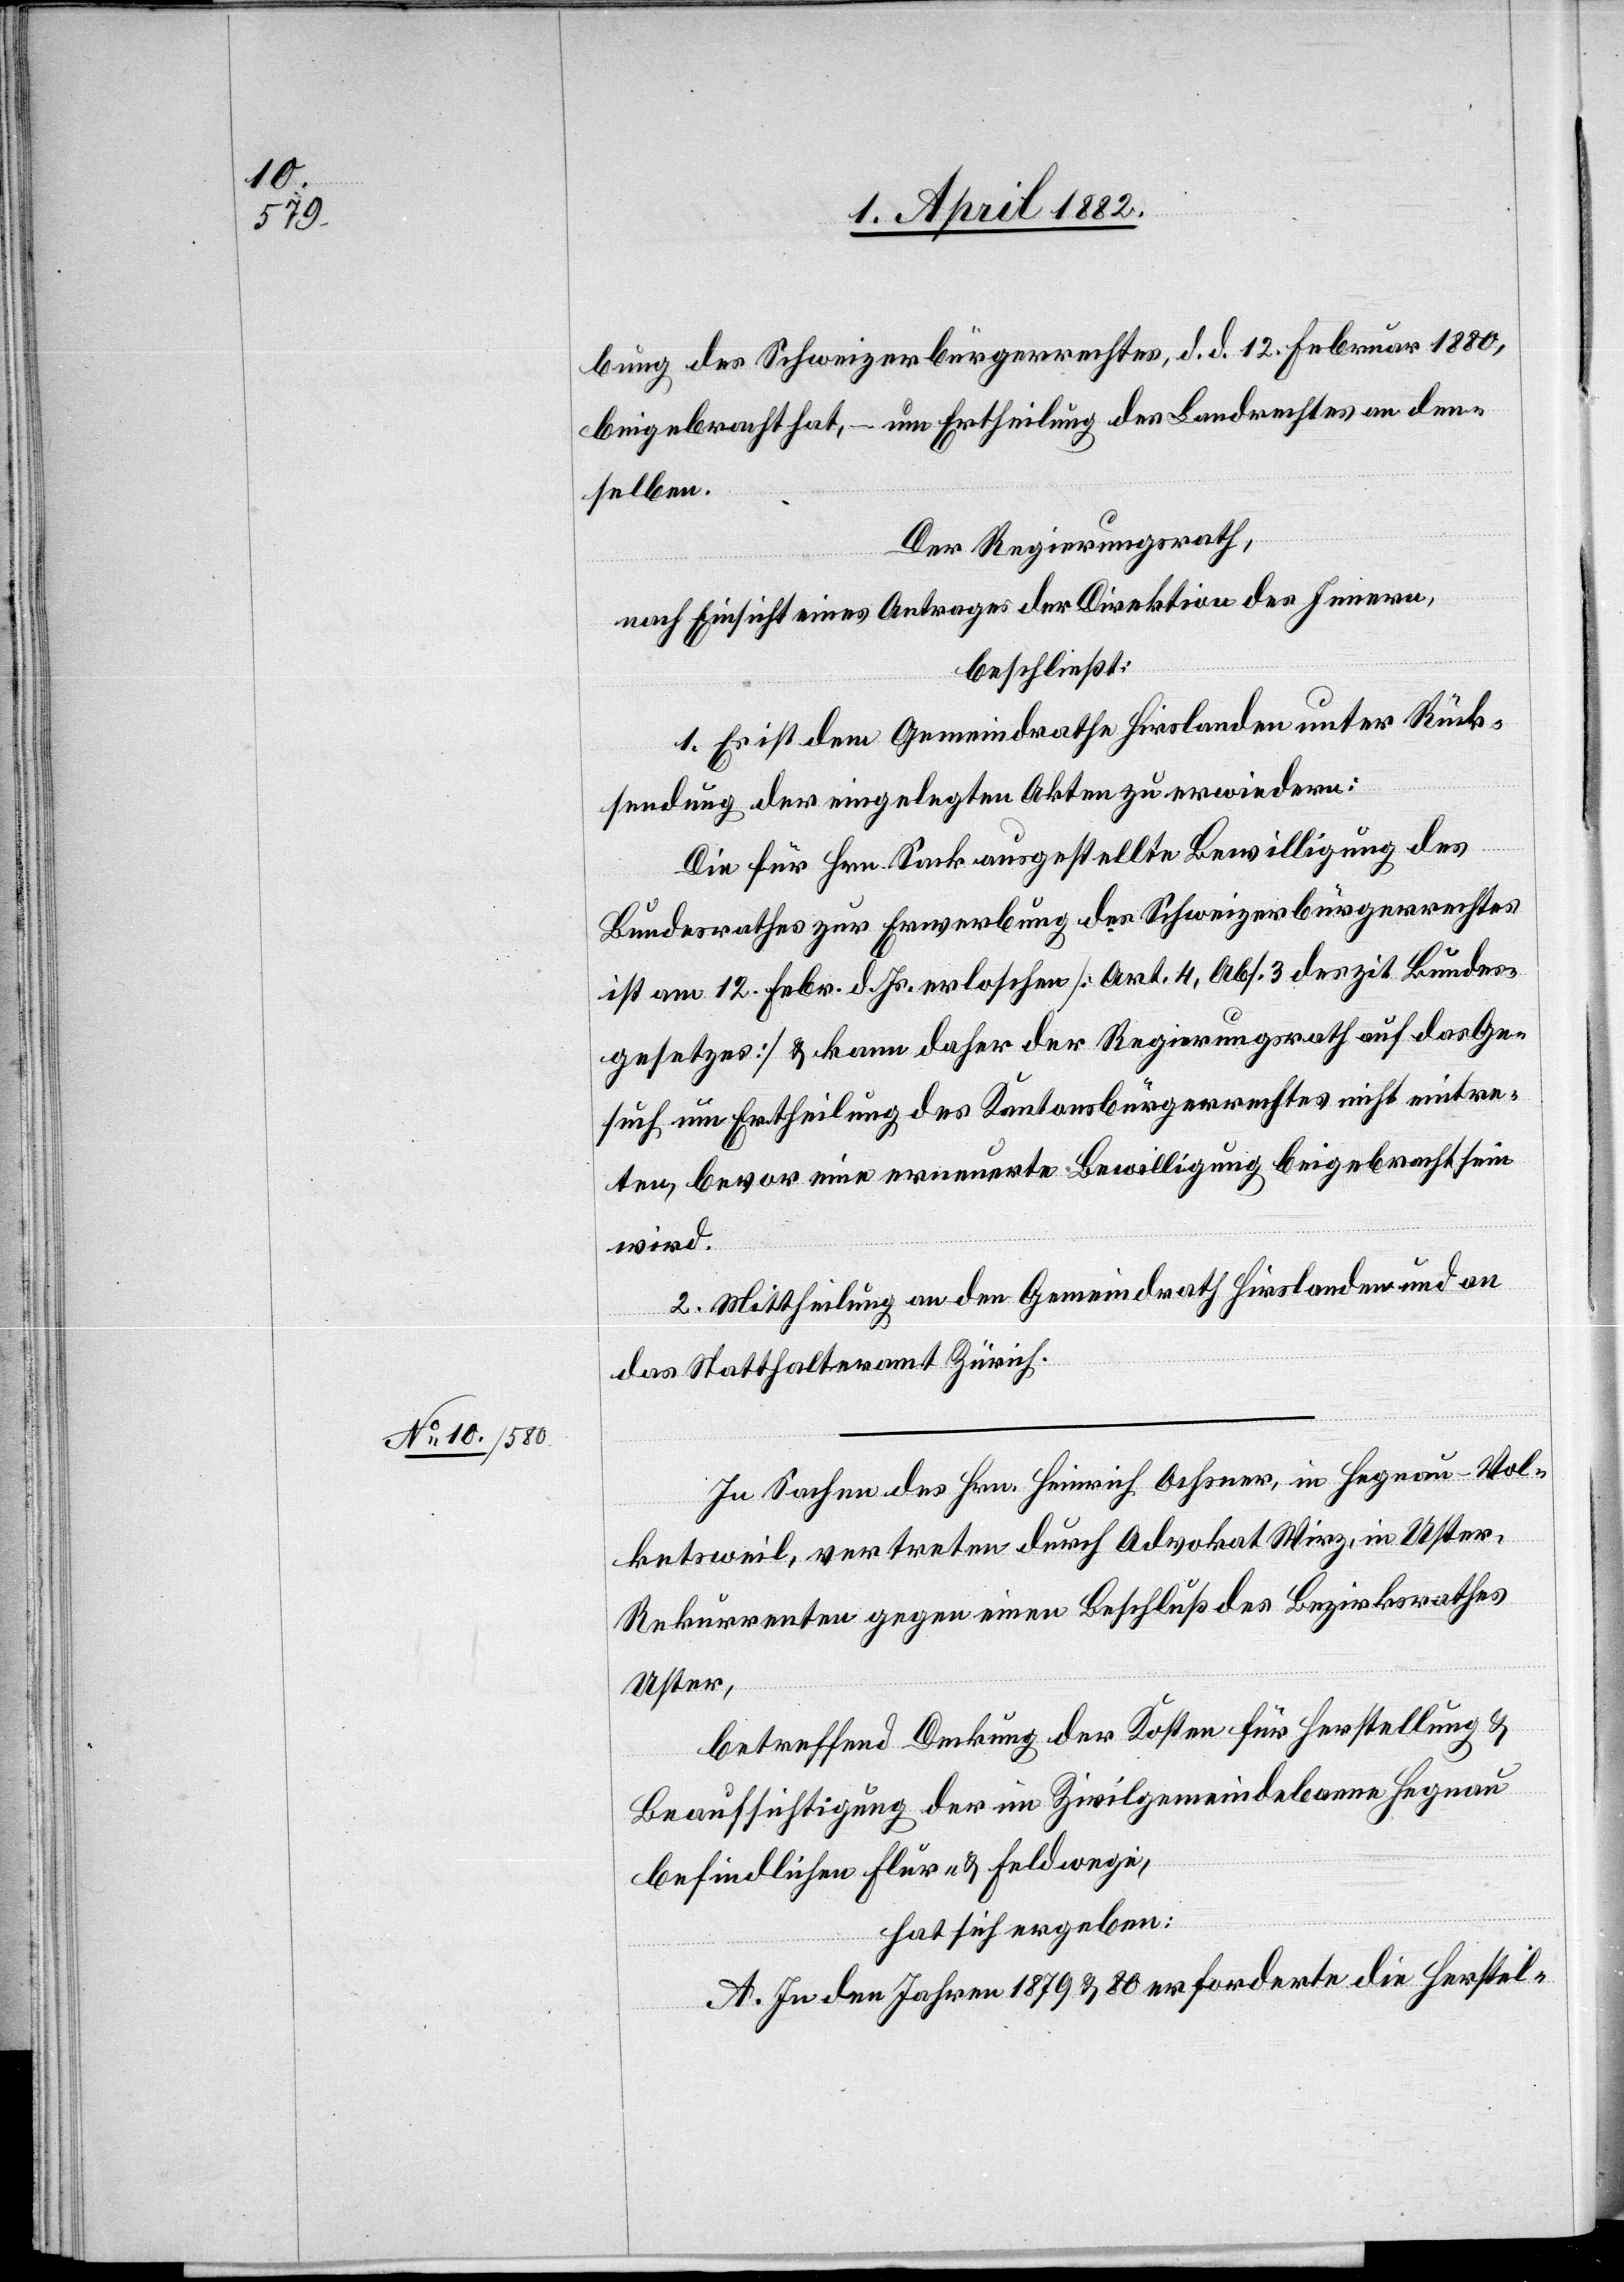
bung des Schweizerbürgerrechtes, d. d. 12. Februar 1880,
beigebracht hat, – um Ertheilung des Landrechtes an den¬
selben.
Der Regierungsrath,
nach Einsicht eines Antrages der Direktion des Innern,
beschließt:
1. Es ist dem Gemeindrathe Hirslanden unter Rück¬
sendung der eingelegten Akten zu erwiedern:
Die für Hrn. Sack ausgestellte Bewilligung des
Bundesrathes zur Erwerbung des Schweizerbürgerrechtes
ist am 12. Febr. d. Js. erloschen [Art. 4, Abs. 3 des zit. Bundes¬
gesetzes] & kann daher der Regierungsrath auf das Ge¬
such um Ertheilung des Kantonsbürgerrechtes nicht eintre¬
ten, bevor eine erneuerte Bewilligung beigebracht sein
wird.
2. Mittheilung an den Gemeindrath Hirslanden und an
das Statthalteramt Zürich.
In Sachen des Hrn. Heinrich Ochsner, in Hegnau - Vol¬
ketsweil, vertreten durch Advokat Wirz, in Uster,
Rekurrenten gegen einen Beschluß des Bezirksrathes
Uster,
betreffend Deckung der Kosten für Herstellung &
Beaufsichtigung der im Zivilgemeindebanne Hegnau
befindlichen Flur- & Feldwege,
hat sich ergeben:
A. In den Jahren 1879 & 80 erforderte die Herstel-